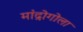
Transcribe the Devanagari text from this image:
मांद्रोगोला